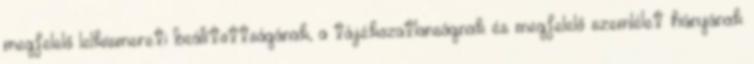
megfelelő lelkiismereti beállítottságának, a tájékozatlanságnak és megfelelő szemlélet hiányának